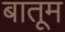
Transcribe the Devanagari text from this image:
बातूम